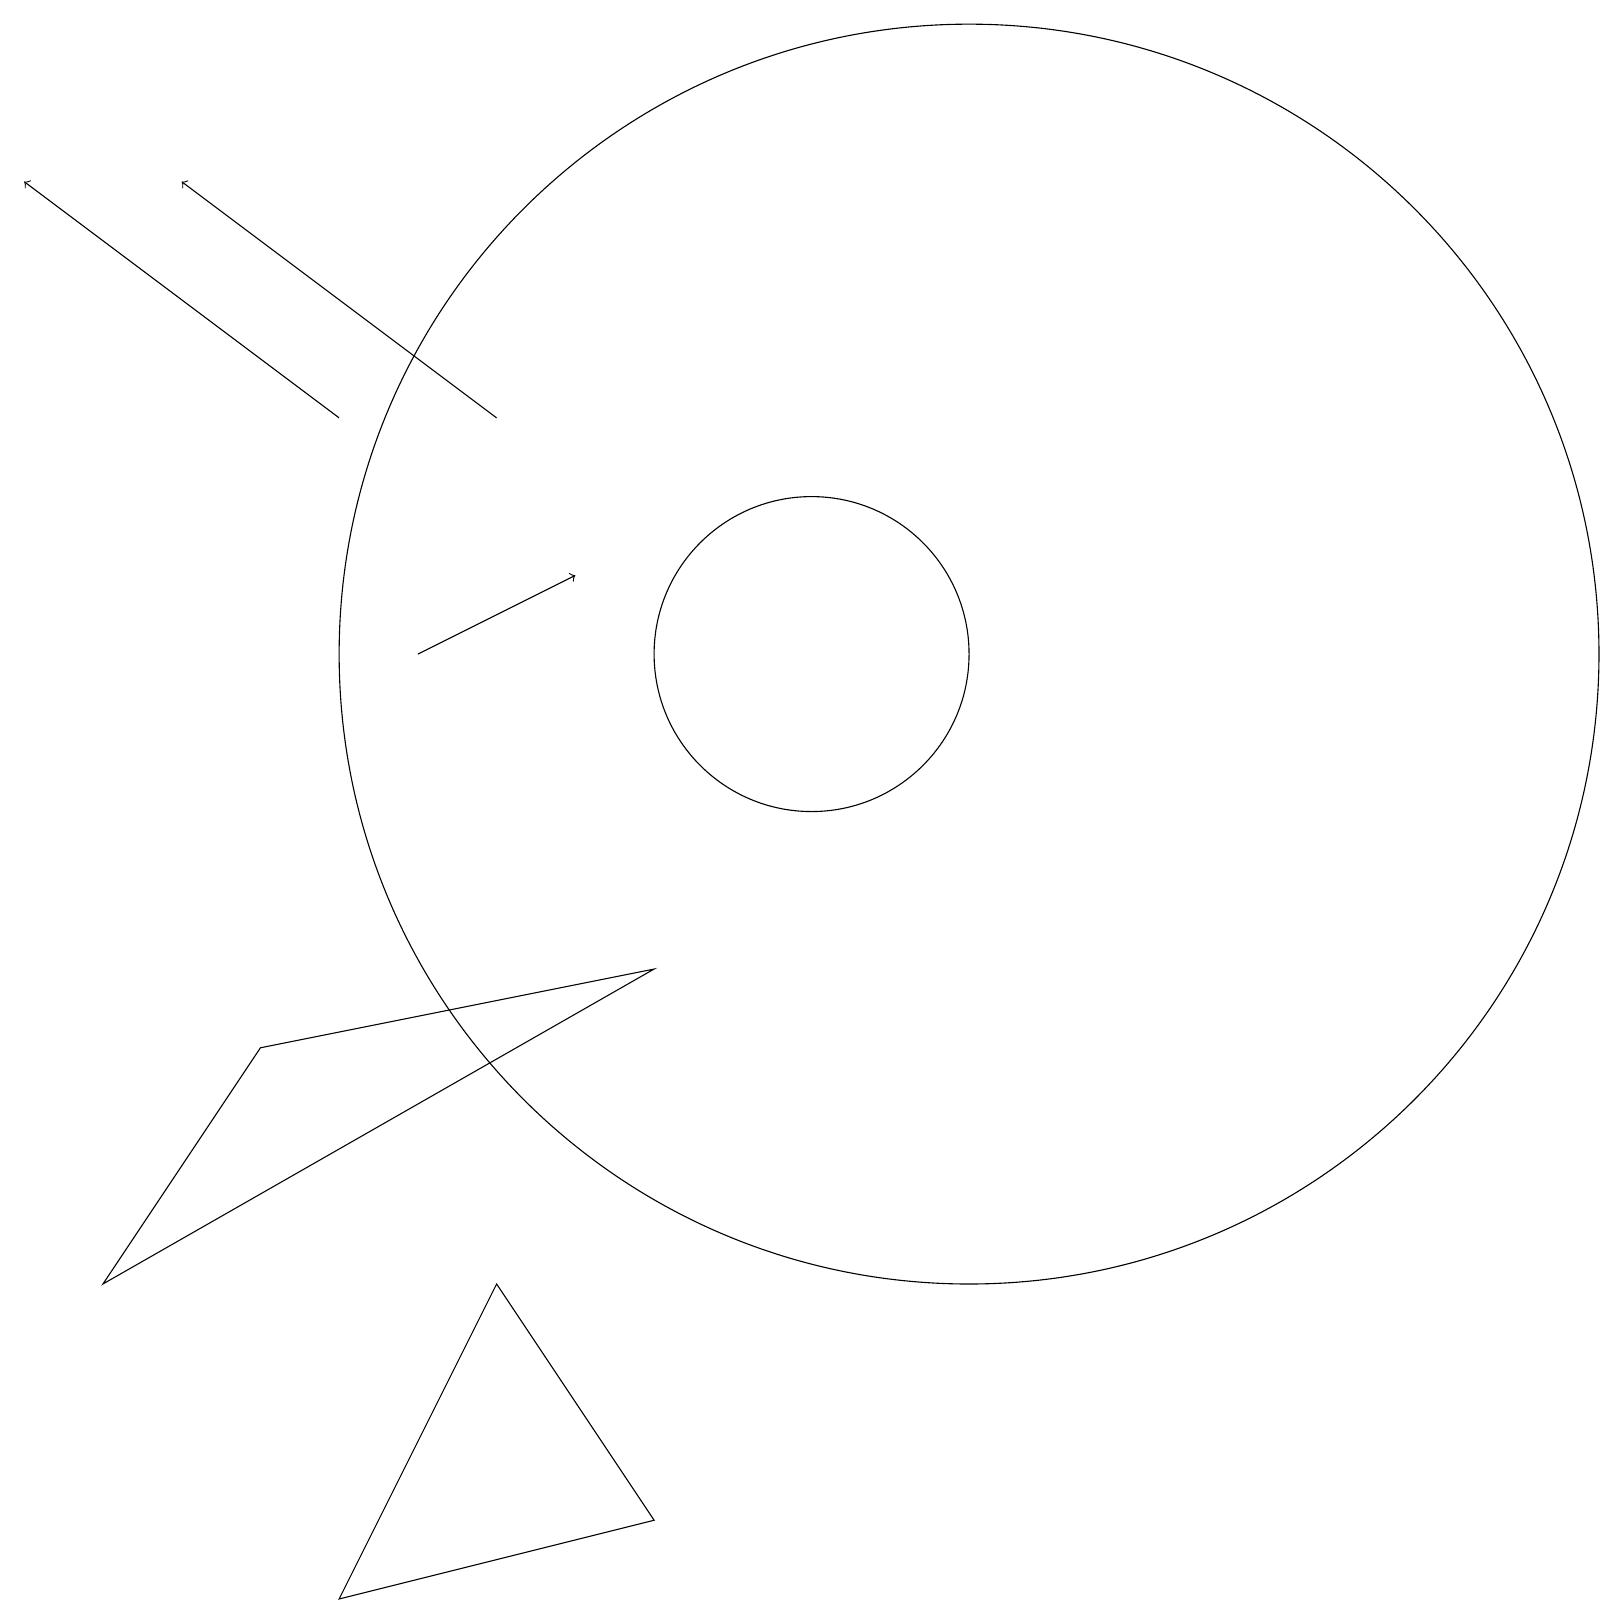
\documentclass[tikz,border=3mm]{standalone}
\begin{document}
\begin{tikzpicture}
\draw[->] (5,12) -- (7,13);
\draw (3,7) -- (8,8) -- (1,4) -- cycle;
\draw[->] (4,15) -- (0,18);
\draw[->] (6,15) -- (2,18);
\draw (4,0) -- (6,4) -- (8,1) -- cycle;
\draw (10,12) circle (2);
\draw (12,12) circle (8);
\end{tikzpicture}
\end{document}